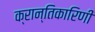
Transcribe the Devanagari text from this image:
क्रान्तिकारिणी